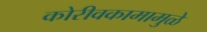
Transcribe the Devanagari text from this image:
कोरीवकामामुळे